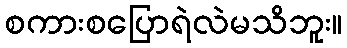
စကားစပြောရဲလဲမသိဘူး။